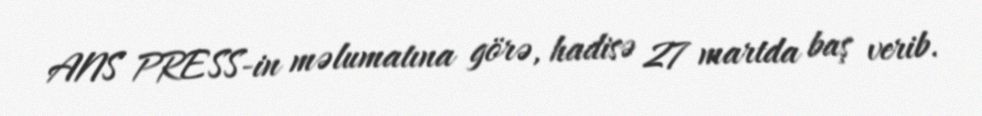
ANS PRESS-in məlumatına görə, hadisə 27 martda baş verib.